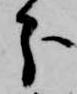
分